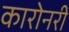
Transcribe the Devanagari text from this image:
कारोनरी